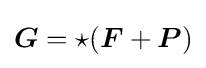
{\boldsymbol {G}}=\star ({\boldsymbol {F}}+{\boldsymbol {P}})